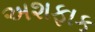
અશફાક